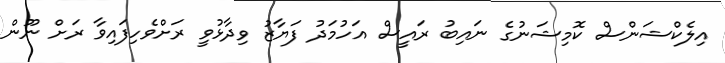
އިލެކްޝަންސް ކޮމިޝަނުގެ ނައިބު ރައީސް އަހުމަދު ފަޔާޒު ވިދާޅުވީ ރަށްވެހިފައިވާ ރަށް ނޫން